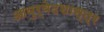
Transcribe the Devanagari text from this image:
आयुर्वेदशास्त्र